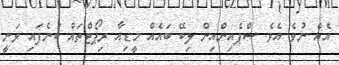
އެއް ނުވެ އެވެ. ސްޕެއިންއިން ލިބޭ ބައެއް މީޑިއާ ރިޕޯޓްތައް ބުނެފައި ވަނީ